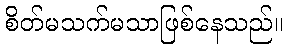
စိတ်မသက်မသာဖြစ်နေသည်။